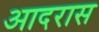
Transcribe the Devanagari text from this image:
आदरास